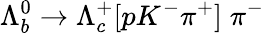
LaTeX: \Lambda_{b}^{0}\to\Lambda_{c}^{+}[pK^{-}\pi^{+}]\; \pi^{-}